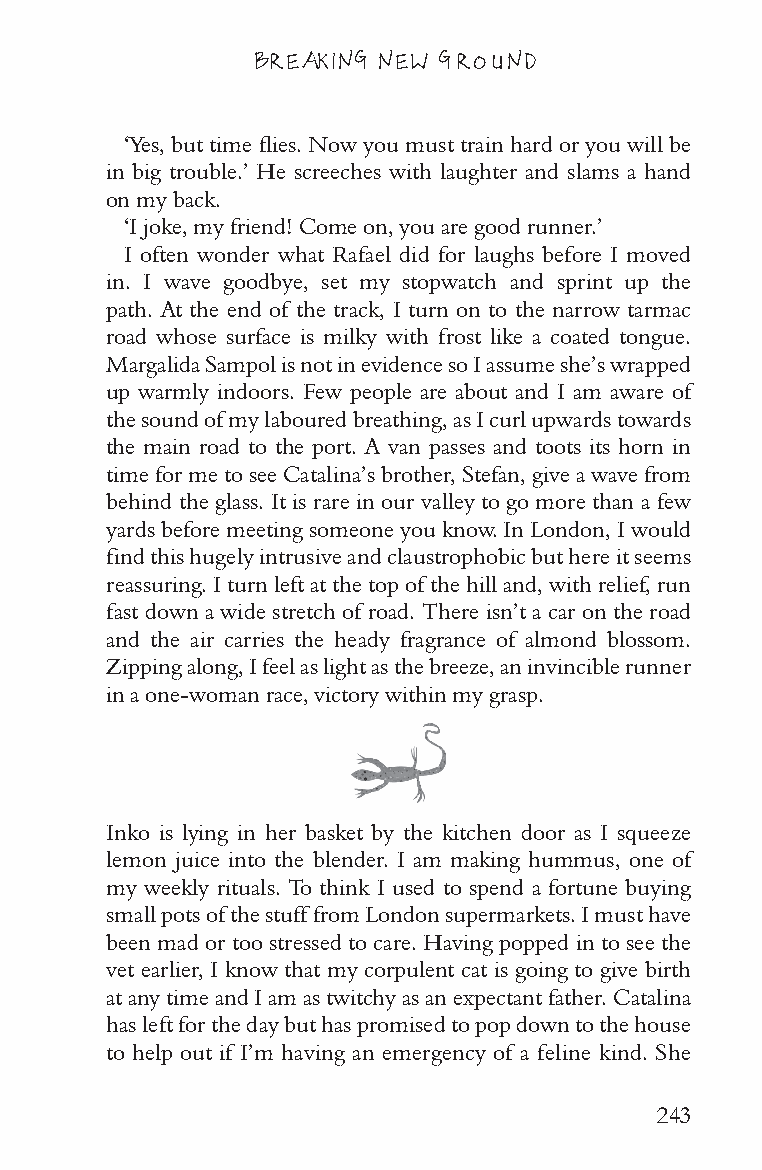
BREAKING NEW GROUND
 ‘Yes, but time flies. Now you must train hard or you will be
 in big trouble.’ He screeches with laughter and slams a hand
 on my back.
 ‘I joke, my friend! Come on, you are good runner.’
 I often wonder what Rafael did for laughs before I moved
 in. I wave goodbye, set my stopwatch and sprint up the
 path. At the end of the track, I turn on to the narrow tarmac
 road whose surface is milky with frost like a coated tongue.
 Margalida Sampol is not in evidence so I assume she’s wrapped
 up warmly indoors. Few people are about and I am aware of
 the sound of my laboured breathing, as I curl upwards towards
 the main road to the port. A van passes and toots its horn in
 time for me to see Catalina’s brother, Stefan, give a wave from
 behind the glass. It is rare in our valley to go more than a few
 yards before meeting someone you know. In London, I would
 find this hugely intrusive and claustrophobic but here it seems
 reassuring. I turn left at the top of the hill and, with relief, run
 fast down a wide stretch of road. There isn’t a car on the road
 and the air carries the heady fragrance of almond blossom.
 Zipping along, I feel as light as the breeze, an invincible runner
 in a one-woman race, victory within my grasp.
 Inko is lying in her basket by the kitchen door as I squeeze
 lemon juice into the blender. I am making hummus, one of
 my weekly rituals. To think I used to spend a fortune buying
 small pots of the stuff from London supermarkets. I must have
 been mad or too stressed to care. Having popped in to see the
 vet earlier, I know that my corpulent cat is going to give birth
 at any time and I am as twitchy as an expectant father. Catalina
 has left for the day but has promised to pop down to the house
 to help out if I’m having an emergency of a feline kind. She
 243